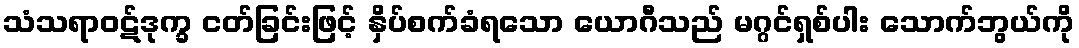
သံသရာဝဋ်ဒုက္ခ ငတ်ခြင်းဖြင့် နှိပ်စက်ခံရသော ယောဂီသည် မဂ္ဂင်ရှစ်ပါး သောက်ဘွယ်ကို